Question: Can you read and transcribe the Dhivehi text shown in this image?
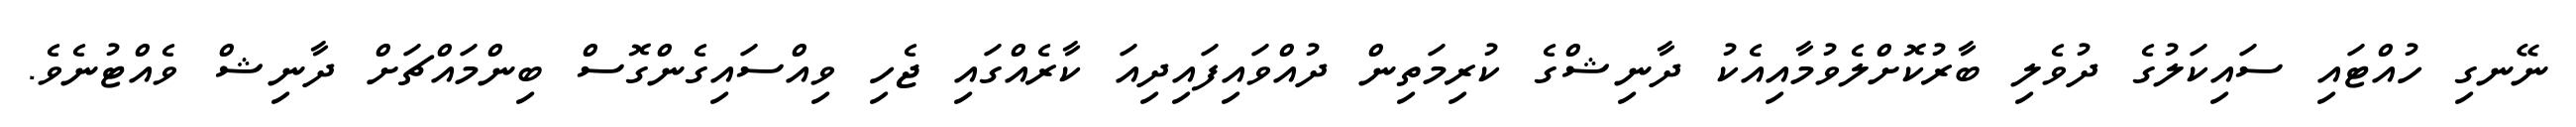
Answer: ނޭނގި ހުއްޓައި ސައިކަލުގެ ދުވެލި ބާރުކޮށްލެވުމާއިއެކު ދާނިޝްގެ ކުރިމަތިން ދުއްވައިފައިދިއަ ކާރެއްގައި ޖެހި ވިއްސައިގެންގޮސް ބިންމައްޗަށް ދާނިޝް ވެއްޓުނެވެ.